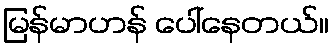
မြန်မာဟန် ပေါ်နေတယ်။